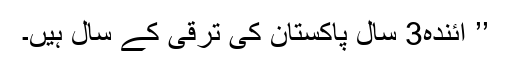
’’ آئندہ3 سال پاکستان کی ترقی کے سال ہیں۔